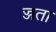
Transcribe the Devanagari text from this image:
ज्जता